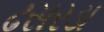
ઢસરડા